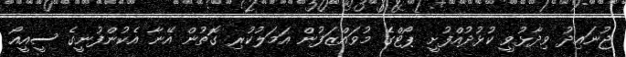
ޖުނައިދު ވިދާޅުވީ ކުޅުދުއްފުށީ ޕޯޓްގެ މުވައްޒަފުން އަމަލުކުރި ގޮތުން އޭނާ އެކުންފުނީގެ ސީއީއޯ